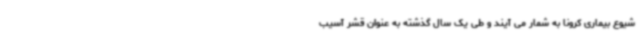
شیوع بیماری کرونا به شمار می آیند و طی یک سال گذشته به عنوان قشر آسیب